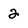
Character: 2